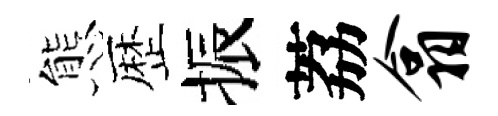
態歴振荔翕